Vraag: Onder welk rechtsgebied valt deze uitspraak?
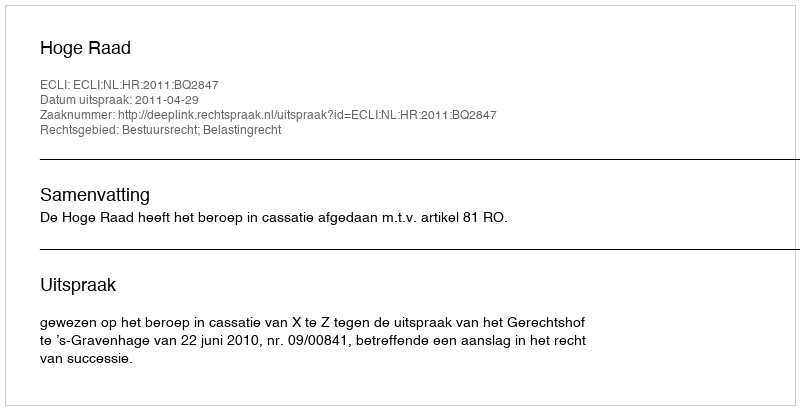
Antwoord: Bestuursrecht; Belastingrecht